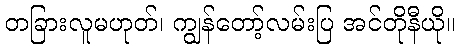
တခြားလူမဟုတ်၊ ကျွန်တော့်လမ်းပြ အင်တိုနီယို။